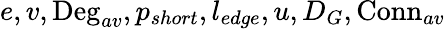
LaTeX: e,v,\textrm{Deg}_{av},p_{short},l_{edge},u,D_{G},\textrm{Conn}_{av}